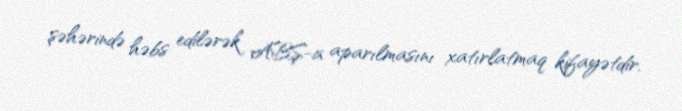
şəhərində həbs edilərək ABŞ-a aparılmasını xatırlatmaq kifayətdir.